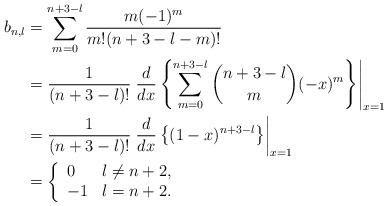
\begin{align*} b_{n,l}&=\sum_{m=0}^{n+3-l}\frac{m(-1)^m}{m!(n+3-l-m)!}\\&=\frac{1}{(n+3-l)!}\left.\frac{d}{dx}\left\{\sum_{m=0}^{n+3-l}\binom{n+3-l}{m}(-x)^m\right\}\right|_{x=1}\\&=\frac{1}{(n+3-l)!}\left.\frac{d}{dx}\left\{(1-x)^{n+3-l}\right\}\right|_{x=1}\\&=\left\{\begin{array}{ll} 0 & l\neq n+2,\\ -1 & l=n+2.\end{array}\right.\end{align*}